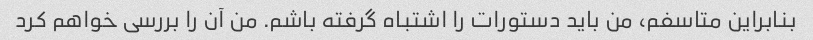
بنابراین متاسفم، من باید دستورات را اشتباه گرفته باشم. من آن را بررسی خواهم کرد